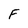
Character: F